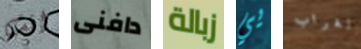
انت دافنى زبالة يي الغراب